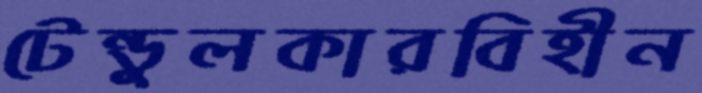
টেন্ডুলকারবিহীন